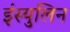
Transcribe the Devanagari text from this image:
इंस्युलिन